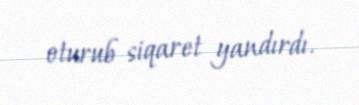
oturub siqaret yandırdı.